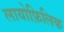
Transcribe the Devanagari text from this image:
लायोफ़िलिक